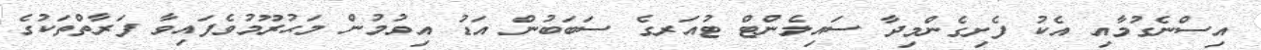
އިސްނެގުމާއި އެކު ފެށިގެންމިދާ ސައިލެންޓް ޓުއަރގެ ސަބަބުން އަޑު އިވުމުން މަޙުރޫމުވެފައިވާ ފަރާތްތަކުގެ